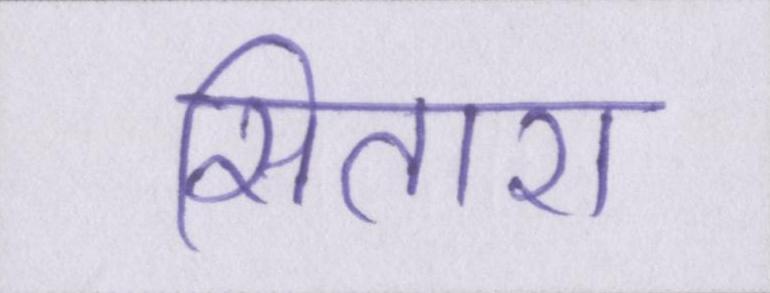
सितारा